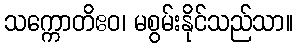
သက္ကောတိဧဝ၊ မစွမ်းနိုင်သည်သာ။